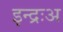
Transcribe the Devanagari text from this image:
इन्द्रःअ